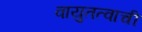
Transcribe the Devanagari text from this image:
वायुतत्वाची